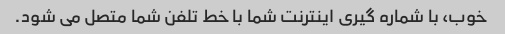
خوب، با شماره گیری اینترنت شما با خط تلفن شما متصل می شود.